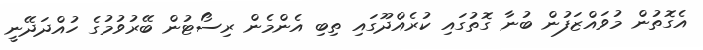
އެގޮތުން މުވައްޒަފުން ބުނާ ގޮތުގައި ކުރެއްދޫގައި ތިބި އެންމެން ރިސޯޓުން ބޭރުވުމުގެ ހުއްދަދޭނީ